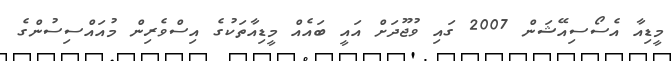
މީޑިއާ އެސޯސިއޭޝަން 2007 ގައި ވުޖޫދަށް އައީ ބައެއް މީޑިއާތަކުގެ އިސްވެރިން މުއައްސިސުންގެ